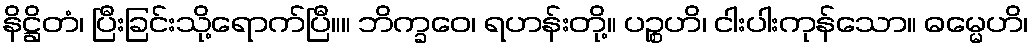
နိဋ္ဌိတံ၊ ပြီးခြင်းသို့ရောက်ပြီ။။ ဘိက္ခဝေ၊ ရဟန်းတို့။ ပဉ္စဟိ၊ ငါးပါးကုန်သော။ ဓမ္မေဟိ၊